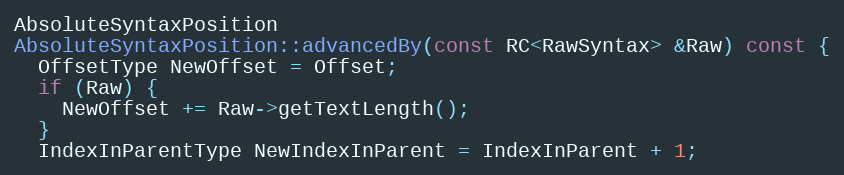
Language: C++
AbsoluteSyntaxPosition
AbsoluteSyntaxPosition::advancedBy(const RC<RawSyntax> &Raw) const {
  OffsetType NewOffset = Offset;
  if (Raw) {
    NewOffset += Raw->getTextLength();
  }
  IndexInParentType NewIndexInParent = IndexInParent + 1;